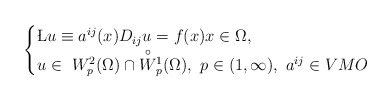
\begin{align*} \begin{cases} \L u \equiv a^{ij}(x)D_{ij} u=f(x) x\in \Omega,\\ u\in\ W^2_p(\Omega)\cap \overset{\circ}{W}{}^1_p(\Omega), \ p\in(1,\infty), \ a^{ij}\in VMO \end{cases}\end{align*}